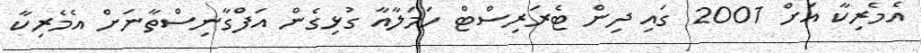
އެމެރިކާ އަށް 2001 ގައި ދިން ޓެރަރިސްޓް ހަމަލާއާ ގުޅިގެން އަފްގާނިސްތާނަށް އެމެރިކާ